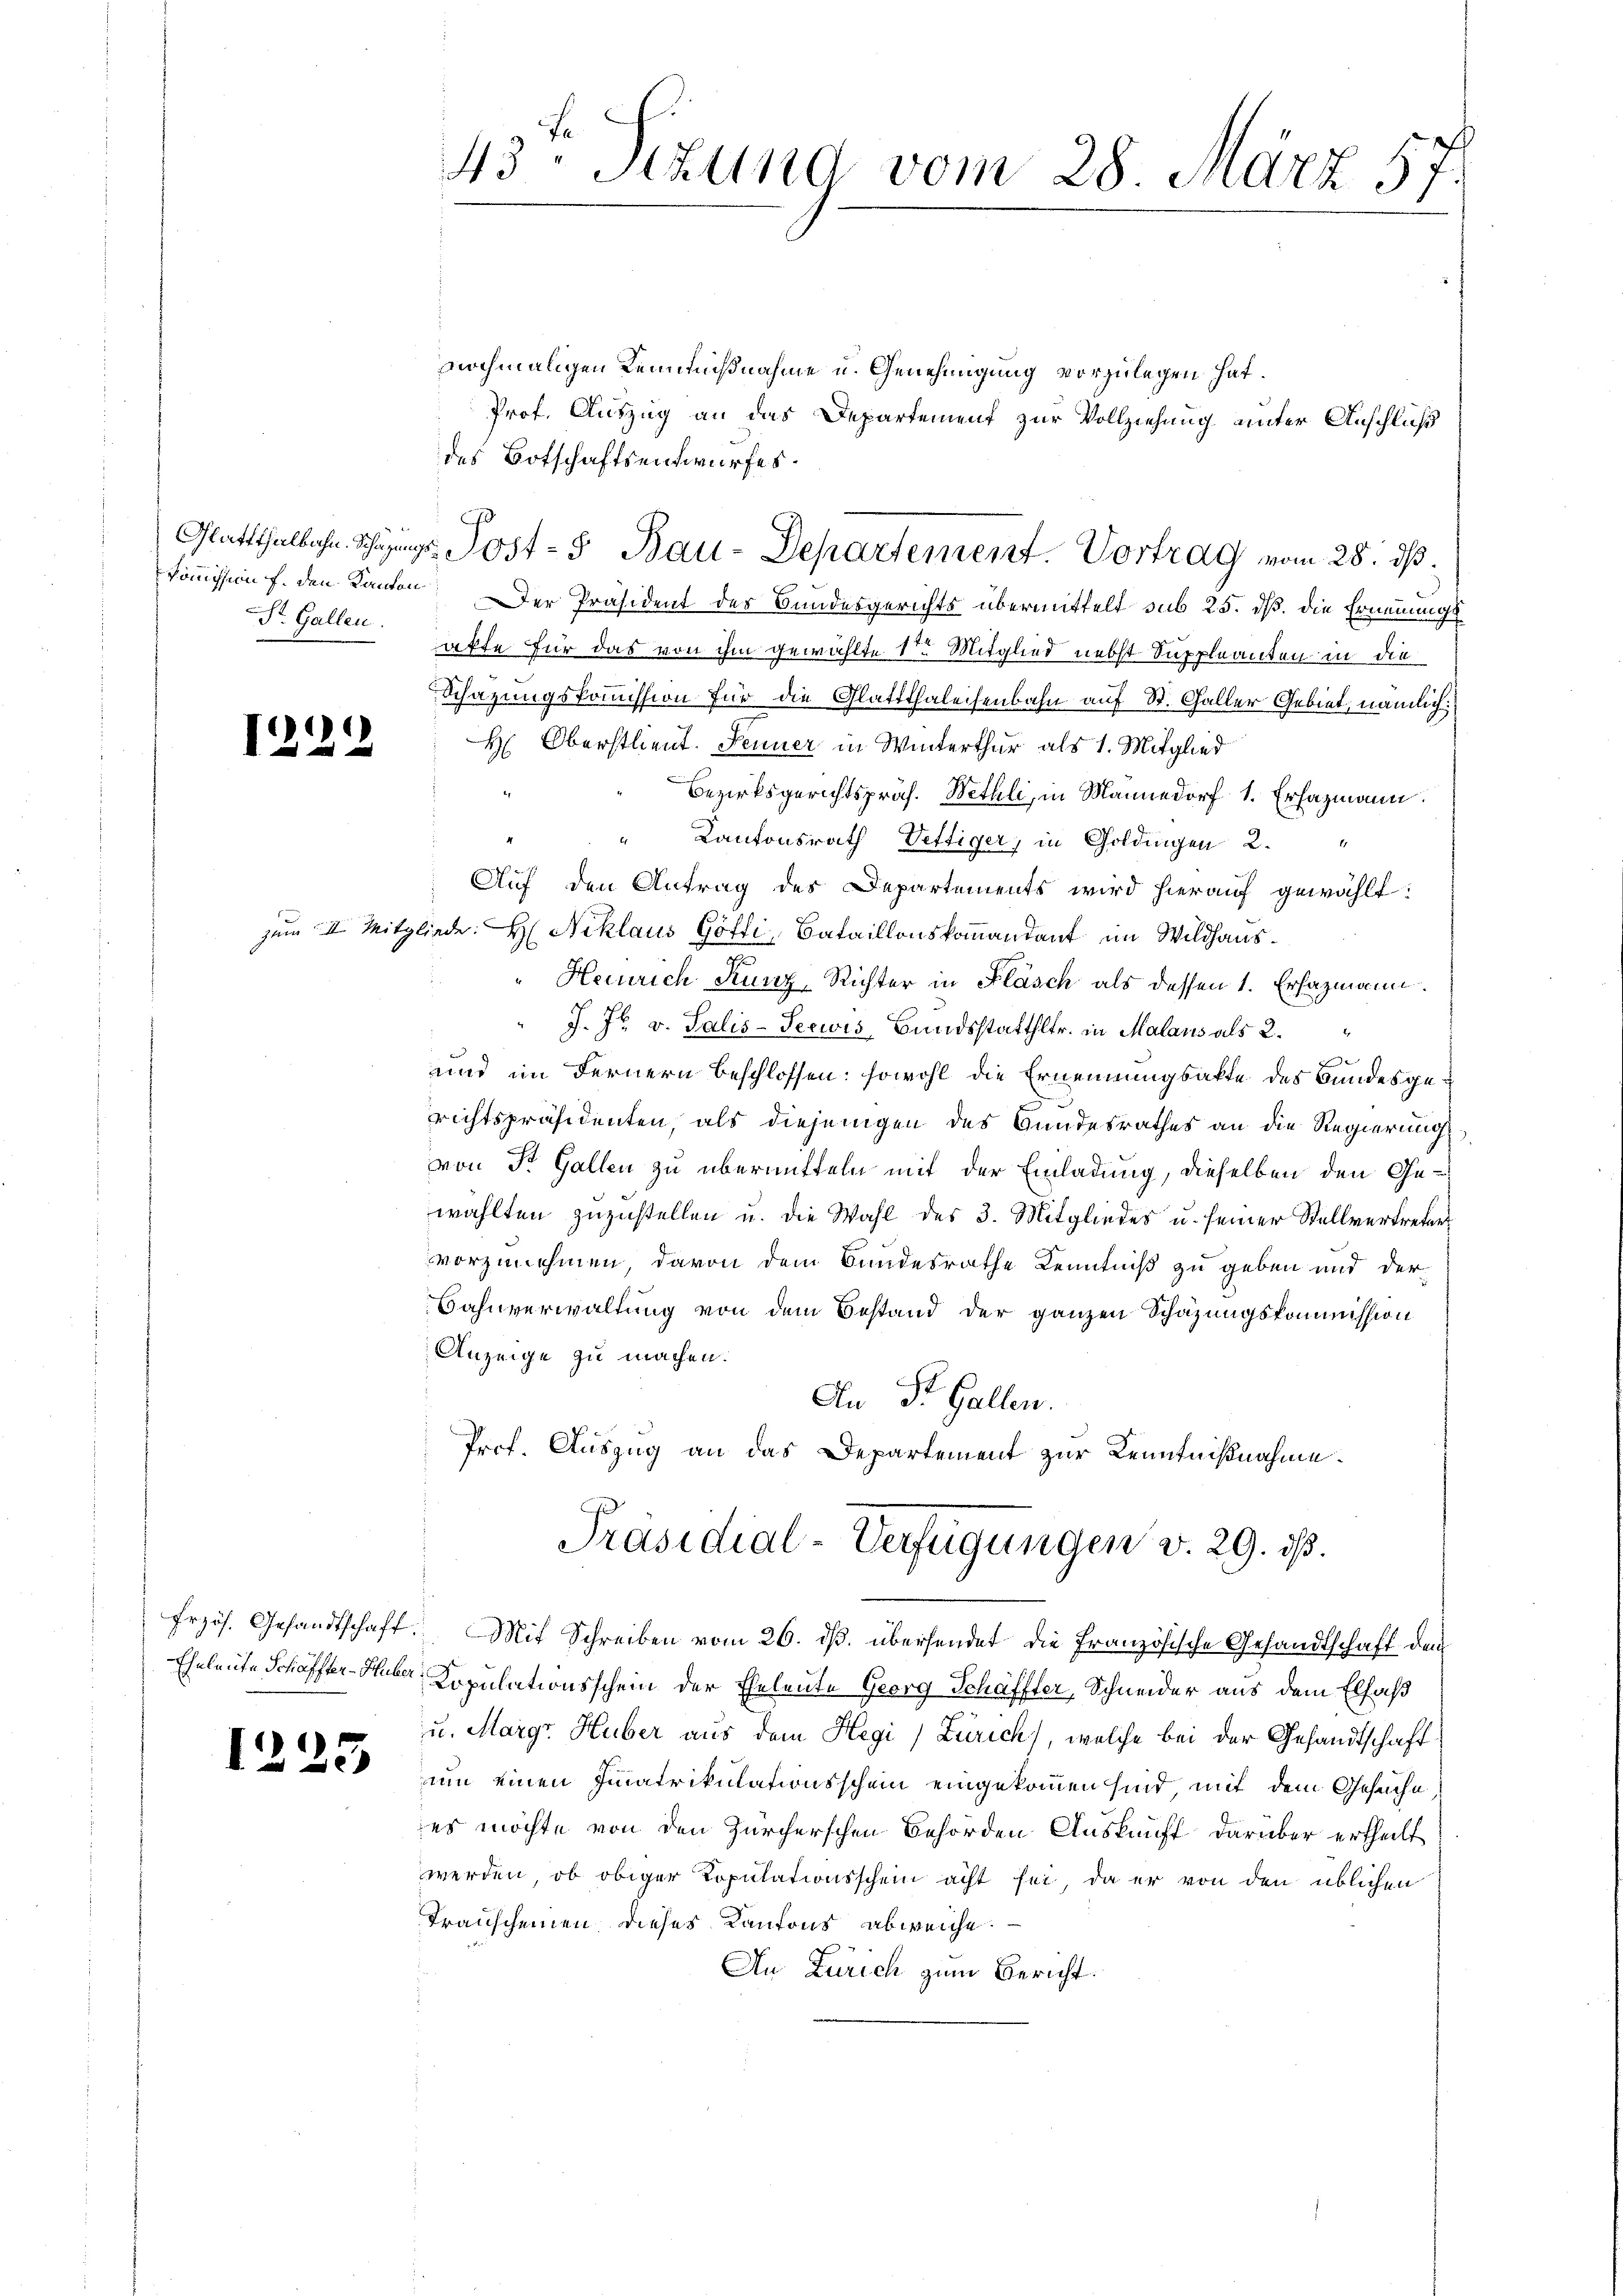
Str. Gallen.

1199

viochmaligen Kenntnißnahme u. Genehmigung vorzulegen hat.
Prof. Auszug an das Departement zur Vollziehung unter Anschluß
des Botschaftsentwurfes.
Commission f. den Kanton. Der Präsident des Bundesgerichts übermittelt sub 25. dß. Die Ernennungsafte für das von ihm gewählte 1ten Mitglied nebst Suppleanten in die
Schazungskommission für die Glattthaleisenbahn auf St. Galler Gebiet, nämlich:
H: Oberstlieut. Jenner in Winterthur als 1. Mitglied
Bezirksgerichtspräs. Wethli, in Mannedorf 1. Ersazmann
Kantonsrath Vettiger, in Goldingen 2.
1
Aŭf den Antrag des Departements wird hieraŭf gewählt:
zum II. Mitgliede. H. Niklaus Götti, Bataillonskommandant im Wildhaus¬
" Heinrich Kunz, Richter in Fläsch als dessen 1. Ersazmann.
J. Js. v. Salis-Seewis, Bundsstatthltr. in Malaus als 2.
und im Fernern beschlossen: sowohl die Ernennungsakte des Bundesgerichtspräsidenten, als diejenigen des Bundesrathes an die Regierung
von St. Gallen zu übermitteln mit der Einladung, dieselben den Gewählten zuzustellen u. die Wahl des 3. Mitgliedes u. seiner Stellvertreters
vorzunehmen, davon dem Bundesrathe Kenntniß zu geben und der
Bahnverwaltung von dem Bestand der ganzen Schazungskommission
Anzeige zu machen.
Au Dr. Gallen.
Prof. Auszug an das Departement zur Kenntnißnahme
Präsidial-Verfügungen v. 29. ist.
frzös. Gesandtschaft. Mit Schreiben vom 26. dβ. übersendet die Französische Gesandtschaft dem
Eheleute Schaffter-Huber, Copulationsschein der Eheleute Georg Schäffter, Schneider aus dem Elfaß
u. Margr Huber aus dem Hegi) Zürich), welche bei der Gesandtschaft
2 des um einen Fiatrikulationsschein eingekommen sind, mit dem Gesuche
es möchte von den Zürcherschen Behörden Auskunft darüber ertheilt
werden, ob obiger Kopulationsschein acht sei, da er von den üblichen
Transcheinen dieses Kantons abweiche.
An Zürich zum Bericht.

43ten Sizung vom 28. März 57.

Glattthalbahn. Schazungs Post- & Bau-Departement. Vortrag vom 28. ds.